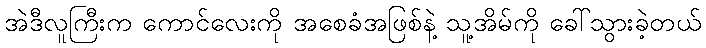
အဲဒီလူကြီးက ကောင်လေးကို အစေခံအဖြစ်နဲ့ သူ့အိမ်ကို ခေါ်သွားခဲ့တယ်